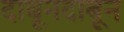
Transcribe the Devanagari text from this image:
दाबूनदाबून